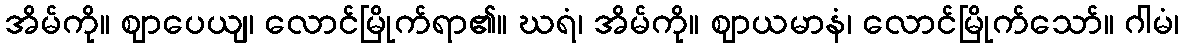
အိမ်ကို။ ဈာပေယျ၊ လောင်မြိုက်ရာ၏။ ဃရံ၊ အိမ်ကို။ ဈာယမာနံ၊ လောင်မြိုက်သော်။ ဂါမံ၊